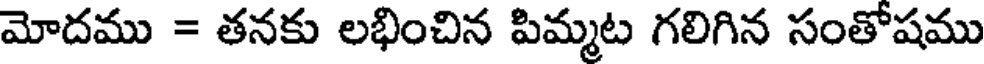
మోదము = తనకు లభించిన పిమ్మట గలిగిన సంతోషము